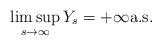
LaTeX: \begin{align*}\limsup_{s\to\infty}Y_s=+\infty{\rm a.s.} \end{align*}